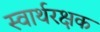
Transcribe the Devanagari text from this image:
स्वार्थरक्षक